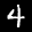
Label: 4